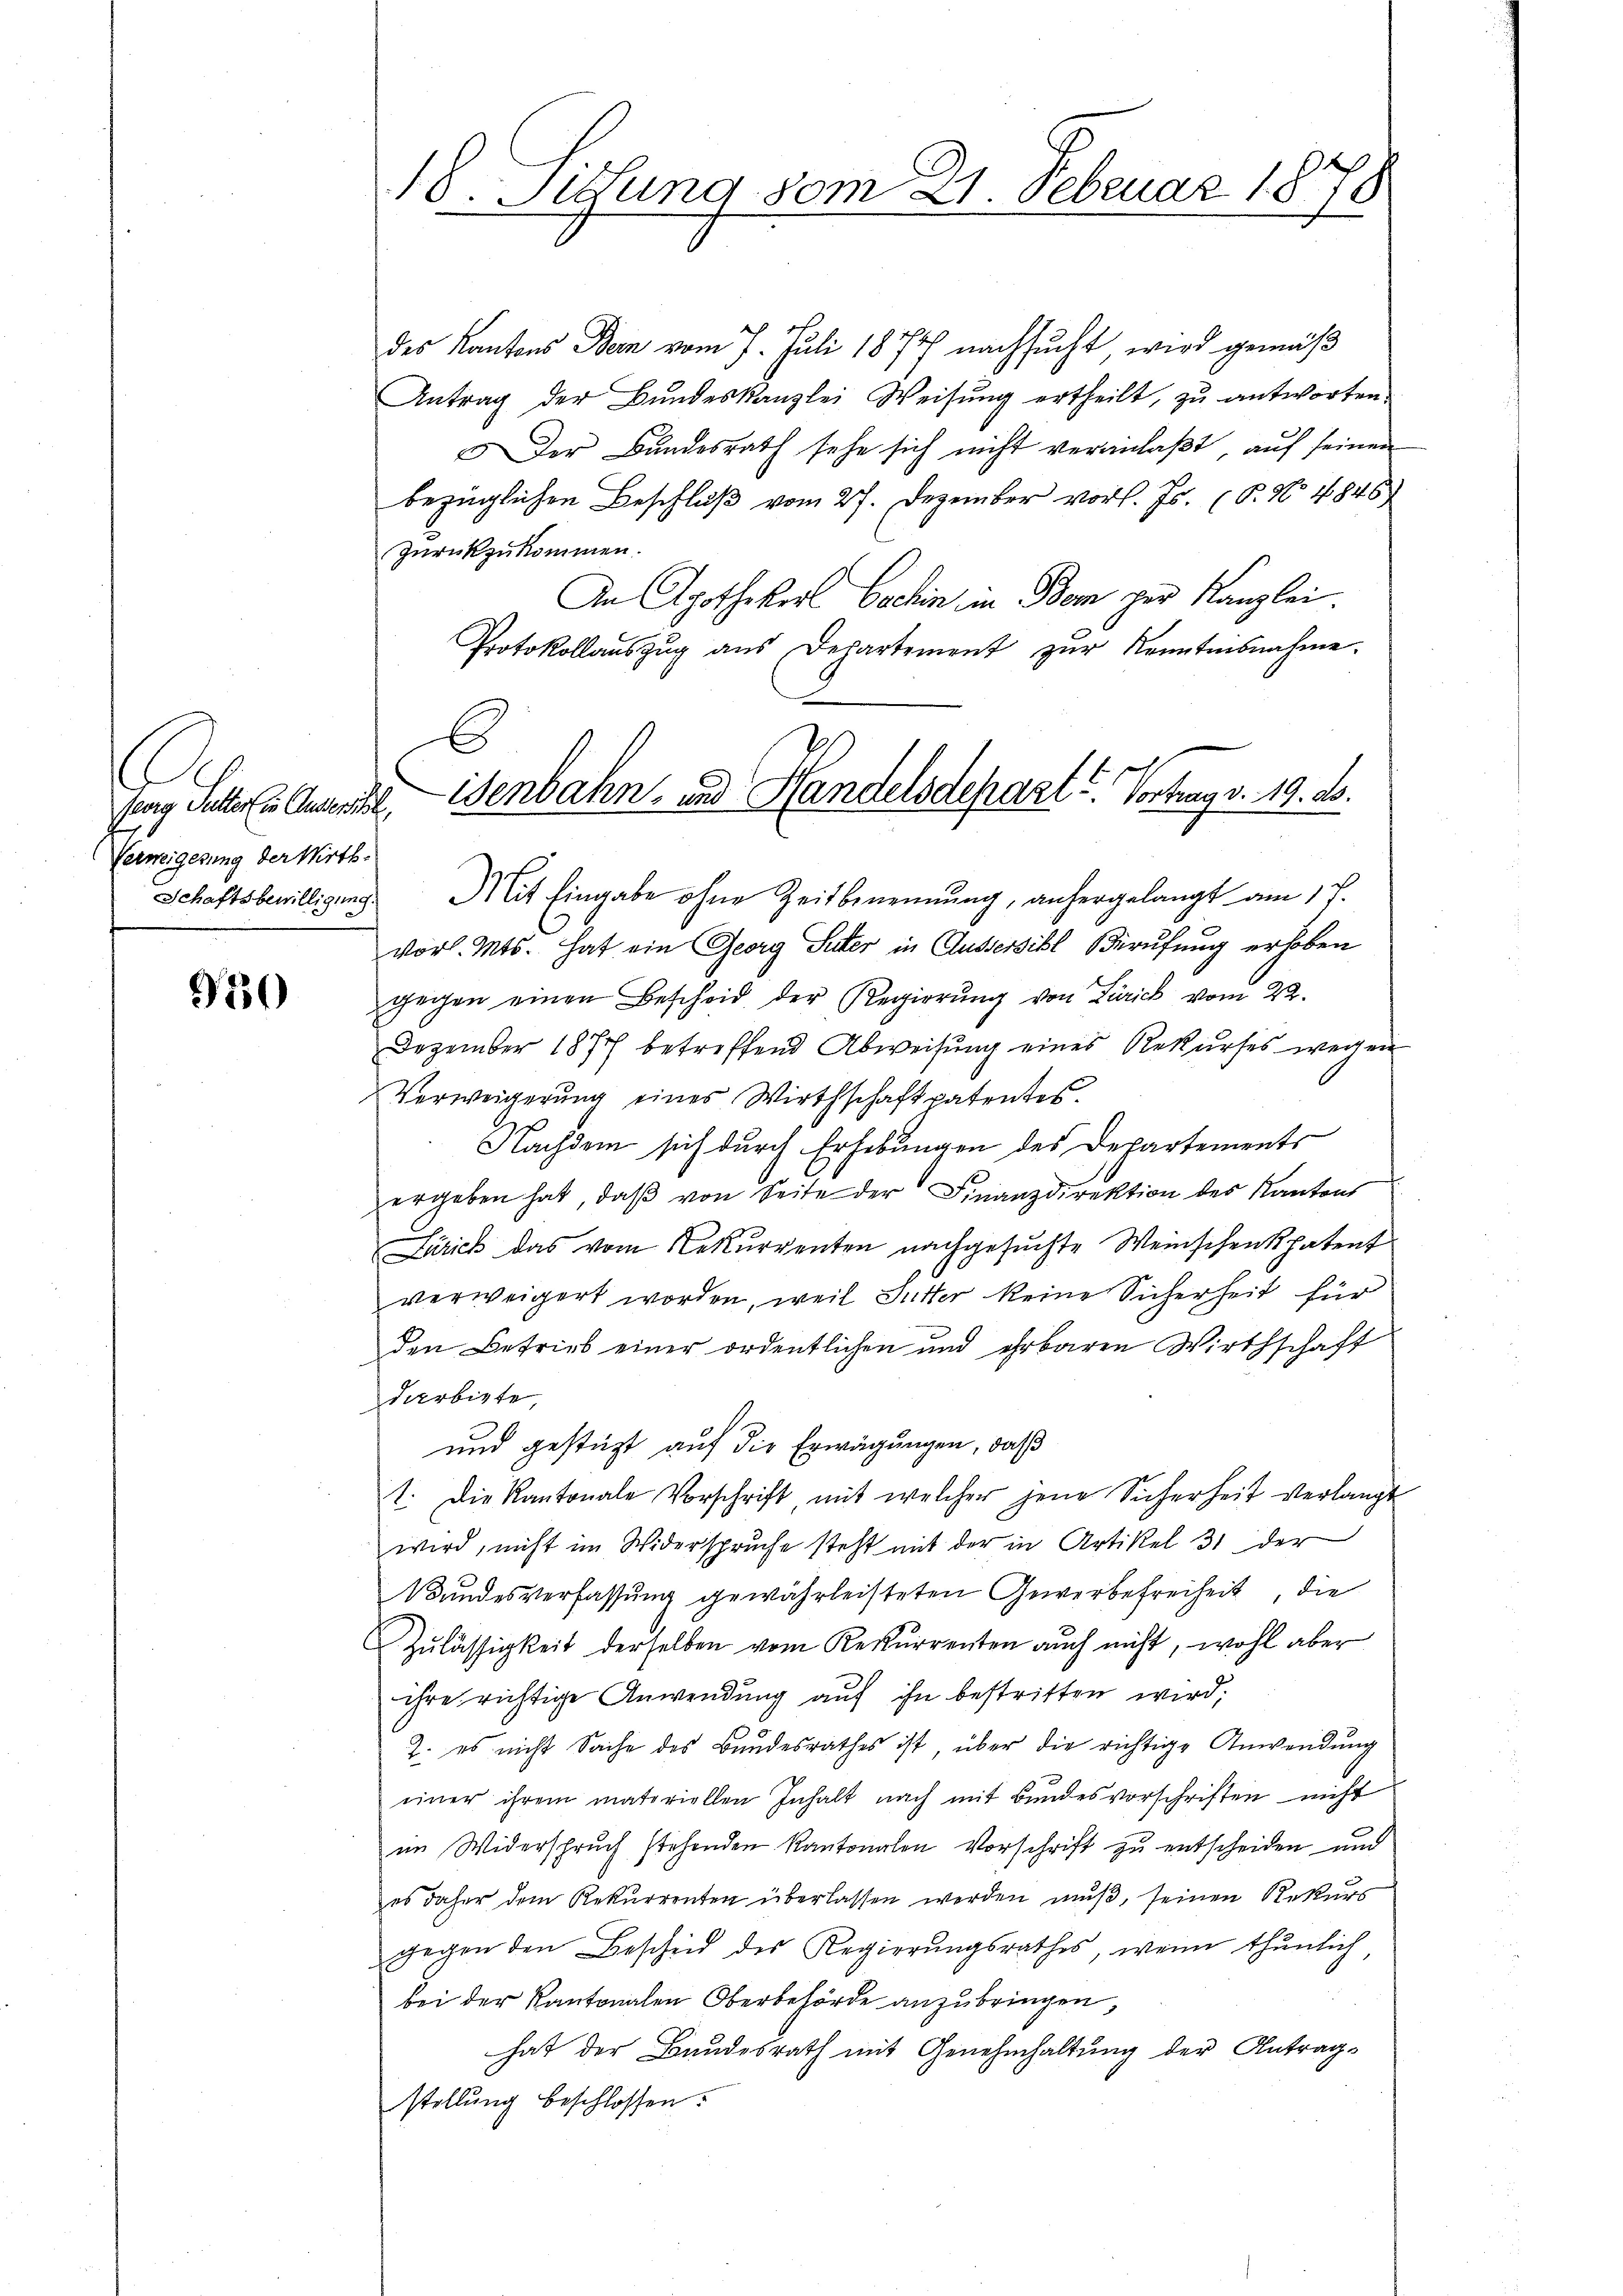
seorg Sutter in Aussersihl,
Verweigerung der Wirth.

50

des Kantons Bern vom 7. Juli 1877 nachsucht wird gemäß
Antrag der Bŭndeskanzlei Weisŭng ertheilt, zŭ antworten
Der Bundesrath sehe sich nicht veranlaßt, auf seinen
bezüglichen Beschluß vom 27. Dezember vor. Js. (T. No 4848
zurückzukommen.
An Apothekerl Bachin in Bern zur Kanzlei.
Protokollaŭszŭg aŭs Departement zŭr Kenntesnahme.
Schaftsbewilligung. Mit Eingabe ohne Zeitbenennung, anhergelangt am 1 f.
vor. Mts. hat ein Georg Suter in Aussersihl Berufung erhoben
gegen einen Bescheid der Regierŭng von Zürich vom 22.
Dezember 1877 betreffend Abweisŭng eines Rekŭrses wegen
Verweigerung eines Wirthschaft patentes.
Nachdem sich durch Erhebungen des Departements
ergeben hat, daβ von Seite der Finanzdirektion des Kantons
Zürich das vom Rekurrenten nachgesuchte Weinschenkpatent
verweigert worden, weil Sutter keine Sicherheit für
den Betrieb einer ordentlichen und ehrbaren Wirthschaft
darbigte,
und gestüzt auf die Erwägungen, daß
1. Die Kantonale Vorschrift mit welcher jene Sicherheit verlangt
wird, nicht im Widerspruche steht mit der in Artikel 31 der
Wundesverfassung gewährleisteten Gewerbefreiheit, die
Zulässigkeit derselben vom Rekurrenten auch nicht, wohl aber
ihre richtige Anwendung auf ihn bestritten wird;
2. es nicht Sache des Bandesrathes ist über die richtige Anwendung
einer ihrem materiellen Inhalt nach mit Bundesvorschriften nicht
im Widerspruch stehenden Kantonalen Vorschrift zu entscheiden und
es daher dem Rekurrenten überlassen werden muß, seinen Rekurs
gegen den Beschied des Regierŭngsrathes, wenn thŭnlich
bei der Kantonalen Oberbehörde anzubringen,
hat der Bundesrath mit Genehmhaltung der Antrag-
stellung beschlossen:

18. Sittung vom 21. Februar 1878

C
isenbahn- und Handelsdepart u. Vortrag v. 19. ds.